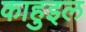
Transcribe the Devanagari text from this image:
काहुइल